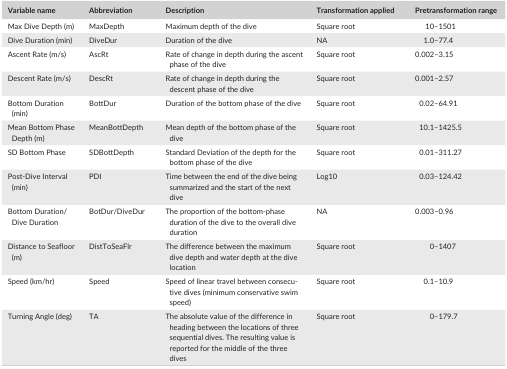
<table><thead><tr><td><b>Variable name</b></td><td><b>Abbreviation</b></td><td><b>Description</b></td><td><b>Transformation applied</b></td><td><b>Pretransformation range</b></td></tr></thead><tbody><tr><td>Max Dive Depth (m)</td><td>MaxDepth</td><td>Maximum depth of the dive</td><td>Square root</td><td>10–1501</td></tr><tr><td>Dive Duration (min)</td><td>DiveDur</td><td>Duration of the dive</td><td>NA</td><td>1.0–77.4</td></tr><tr><td>Ascent Rate (m/s)</td><td>AscRt</td><td>Rate of change in depth during the ascent phase of the dive</td><td>Square root</td><td>0.002–3.15</td></tr><tr><td>Descent Rate (m/s)</td><td>DescRt</td><td>Rate of change in depth during the descent phase of the dive </td><td>Square root</td><td>0.001–2.57</td></tr><tr><td>Bottom Duration (min)</td><td>BottDur</td><td>Duration of the bottom phase of the dive</td><td>Square root</td><td>0.02–64.91</td></tr><tr><td>Mean Bottom Phase Depth (m)</td><td>MeanBottDepth</td><td>Mean depth of the bottom phase of the dive</td><td>Square root</td><td>10.1–1425.5</td></tr><tr><td>SD Bottom Phase</td><td>SDBottDepth</td><td>Standard Deviation of the depth for the bottom phase of the dive</td><td>Square root</td><td>0.01–311.27</td></tr><tr><td>Post‐Dive Interval (min)</td><td>PDI</td><td>Time between the end of the dive being summarized and the start of the next dive</td><td>Log10</td><td>0.03–124.42</td></tr><tr><td>Bottom Duration/Dive Duration</td><td>BotDur/DiveDur</td><td>The proportion of the bottom‐phase duration of the dive to the overall dive duration</td><td>NA</td><td>0.003–0.96</td></tr><tr><td>Distance to Seafloor (m)</td><td>DistToSeaFlr</td><td>The difference between the maximum dive depth and water depth at the dive location</td><td>Square root</td><td>0–1407</td></tr><tr><td>Speed (km/hr)</td><td>Speed</td><td>Speed of linear travel between consecutive dives (minimum conservative swim speed)</td><td>Square root</td><td>0.1–10.9</td></tr><tr><td>Turning Angle (deg)</td><td>TA</td><td>The absolute value of the difference in heading between the locations of three sequential dives. The resulting value is reported for the middle of the three dives</td><td>Square root</td><td>0–179.7</td></tr></tbody></table>